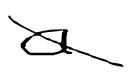
Text: a
Cross-out: diagonal
Writing tool: digital_black